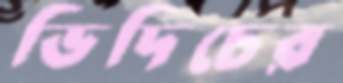
ভিদিচের